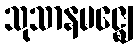
သုသာနမဇ္ဈေ